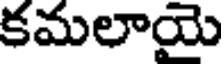
కమలాయై